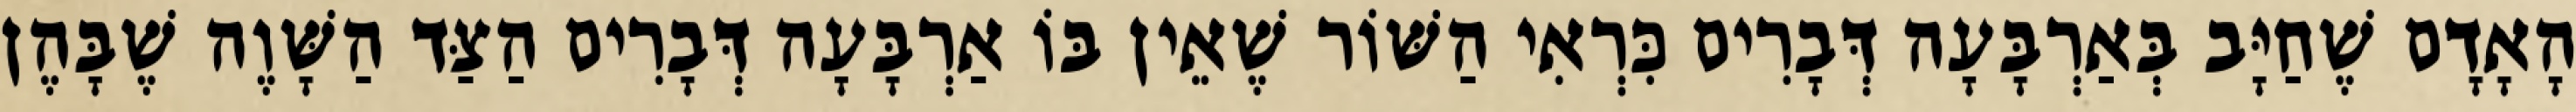
הָאָדָם שֶׁחַיָּב בְּאַרְבָּעָה דְּבָרִים כִּרְאִי הַשּׁוֹר שֶׁאֵין בּוֹ אַרְבָּעָה דְּבָרִים הַצַּד הַשָּׁוֶה שֶׁבָּהֶן